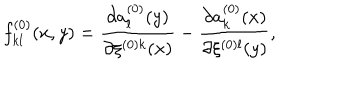
f _ { k l } ^ { ( 0 ) } ( x , y ) = \frac { \partial a _ { l } ^ { ( 0 ) } ( y ) } { \partial \xi ^ { ( 0 ) k } ( x ) } - \frac { \partial a _ { k } ^ { ( 0 ) } ( x ) } { \partial \xi ^ { ( 0 ) l } ( y ) } ,